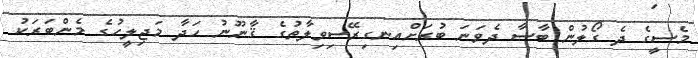
މެސީގެ ދެ ގޯލުން ބާސާ ދެވަނަ ބުރަށްއިނގިރޭސިވިލާތުގެ ޤާނޫނު ހަދާ މަޖިލީހުގެ މެންބަރަކު